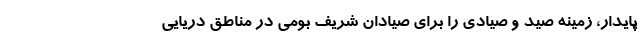
پایدار، زمینه صید و صیادی را برای صیادان شریف بومی در مناطق دریایی